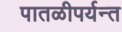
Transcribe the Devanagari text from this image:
पातळीपर्यन्त